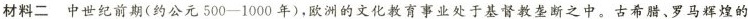
材料二 中世纪前期(约公元500-1000年)，欧洲的文化教育事业处于基督教垄断之中。古希腊、罗马辉煌的